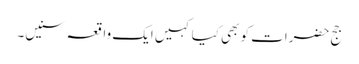
جج حضرات کو بھی کیا کہیں ایک واقعہ سنیں۔